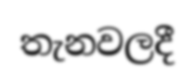
තැනවලදී